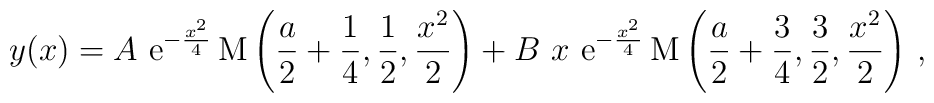
y(x)=A \ {\rm e}^{-\frac{x^2}{4}}\,{\rm M}\left(\frac{a}{2}+\frac{1}{4},\frac{1}{2}, \frac{x^2}{2}\right)+ B \ x \ {\rm e}^{-\frac{x^2}{4}}\,{\rm M}\left(\frac{a}{2}+\frac{3}{4},\frac{3}{2},\frac{x^2}{2}\right) \,,